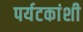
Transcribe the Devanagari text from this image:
पर्यटकांशी